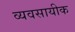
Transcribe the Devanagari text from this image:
व्यवसायीक